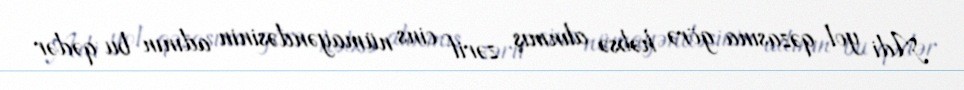
Adi yol qəzasına görə həbsə alınmış zərif cins nümayəndəsinin adının bu qədər